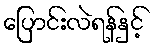
ပြောင်းလဲရန်နှင့်